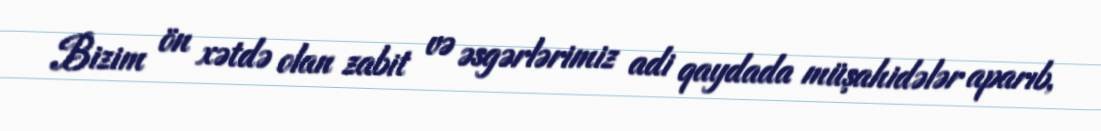
Bizim ön xətdə olan zabit və əsgərlərimiz adi qaydada müşahidələr aparıb,